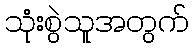
သုံးစွဲသူအတွက်